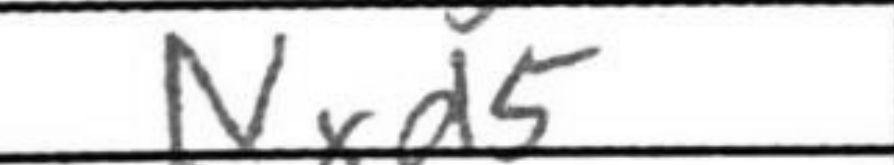
Transcription: Nxd5